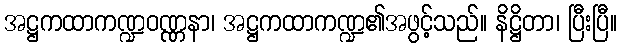
အဋ္ဌကထာကဏ္ဍဝဏ္ဏနာ၊ အဋ္ဌကထာကဏ္ဍ၏အဖွင့်သည်။ နိဋ္ဌိတာ၊ ပြီးပြီ။